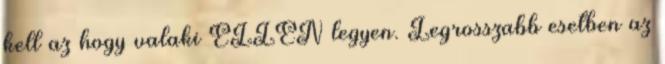
kell az hogy valaki ELLEN legyen. Legrosszabb esetben az